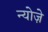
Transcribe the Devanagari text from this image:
न्योज़े